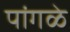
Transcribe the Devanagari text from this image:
पांगळे